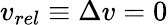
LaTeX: v_{rel}\equiv\Delta v=0